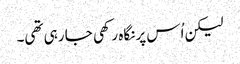
لیکن اُس پر نگاہ رکھی جا رہی تھی۔